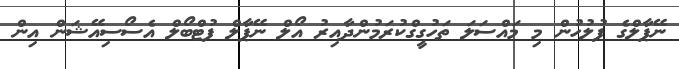
ނޭޕާލްގެ ފުލުހުން މި މައްސަލަ ތަހުގީގްކުރަމުންދާއިރު އޯލް ނޭޕާލް ފުޓްބޯލް އެސޯސިއޭޝަން އިން